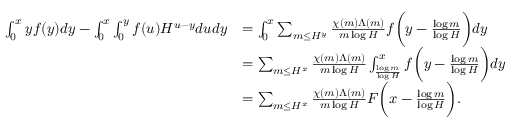
\begin{array} { r l } { \int _ { 0 } ^ { x } y f ( y ) d y - \int _ { 0 } ^ { x } \int _ { 0 } ^ { y } f ( u ) H ^ { u - y } d u d y } & { = \int _ { 0 } ^ { x } \sum _ { m \le H ^ { y } } \frac { \chi ( m ) \Lambda ( m ) } { m \log H } f \biggl ( y - \frac { \log m } { \log H } \biggr ) d y } \\ & { = \sum _ { m \le H ^ { x } } \frac { \chi ( m ) \Lambda ( m ) } { m \log H } \int _ { \frac { \log m } { \log H } } ^ { x } f \biggl ( y - \frac { \log m } { \log H } \biggr ) d y } \\ & { = \sum _ { m \le H ^ { x } } \frac { \chi ( m ) \Lambda ( m ) } { m \log H } F \biggl ( x - \frac { \log m } { \log H } \biggr ) . } \end{array}